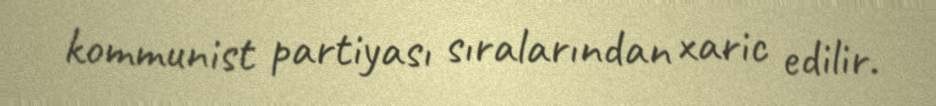
kommunist partiyası sıralarından xaric edilir.